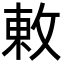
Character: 𢽬